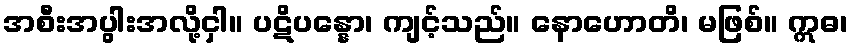
အစီးအပွါးအလို့ငှါ။ ပဋိပန္နော၊ ကျင့်သည်။ နောဟောတိ၊ မဖြစ်။ ဣဓ၊